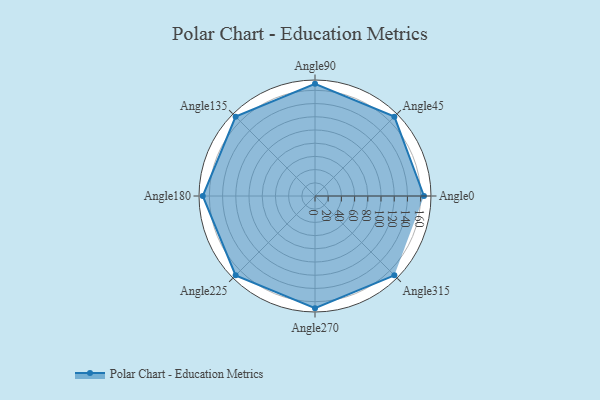
{"axis": {"x": "Angle", "y": "Radius"}, "legend": [""], "data": [{"x": "Angle0", "y": 165.0, "type": ""}, {"x": "Angle45", "y": 170.0, "type": ""}, {"x": "Angle90", "y": 170, "type": ""}, {"x": "Angle135", "y": 170, "type": ""}, {"x": "Angle180", "y": 170, "type": ""}, {"x": "Angle225", "y": 170, "type": ""}, {"x": "Angle270", "y": 170, "type": ""}, {"x": "Angle315", "y": 170, "type": ""}]}